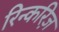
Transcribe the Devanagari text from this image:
रिन्करिज़